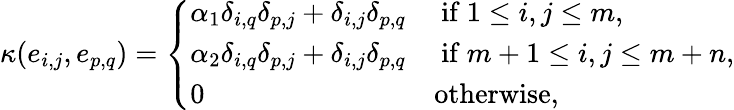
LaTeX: \kappa(e_{i,j},e_{p,q})=\left\{ \begin{array}{ll}{\alpha_{1}\delta_{i,q}\delta_{p,j}+\delta_{i,j}\delta_{p,q}}&{\mathrm{~if~}1\leq i,j\leq m,}\\ {\alpha_{2}\delta_{i,q}\delta_{p,j}+\delta_{i,j}\delta_{p,q}}&{\mathrm{~if~}m+1\leq i,j\leq m+n,}\\ {0}&{\mathrm{otherwise},}\end{array}\right.